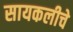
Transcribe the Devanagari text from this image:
सायकलीचे